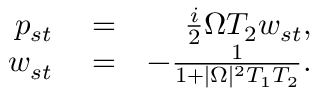
\begin{array} { r l r } { p _ { s t } } & { { } = } & { \frac { i } { 2 } \Omega T _ { 2 } w _ { s t } , } \\ { w _ { s t } } & { { } = } & { - \frac { 1 } { 1 + | \Omega | ^ { 2 } T _ { 1 } T _ { 2 } } . } \end{array}